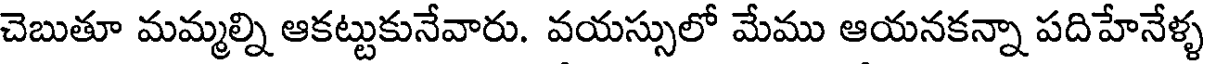
చెబుతూ మమ్మల్ని ఆకట్టుకునేవారు. వయస్సులో మేము ఆయనకన్నా పదిహేనేళ్ళ